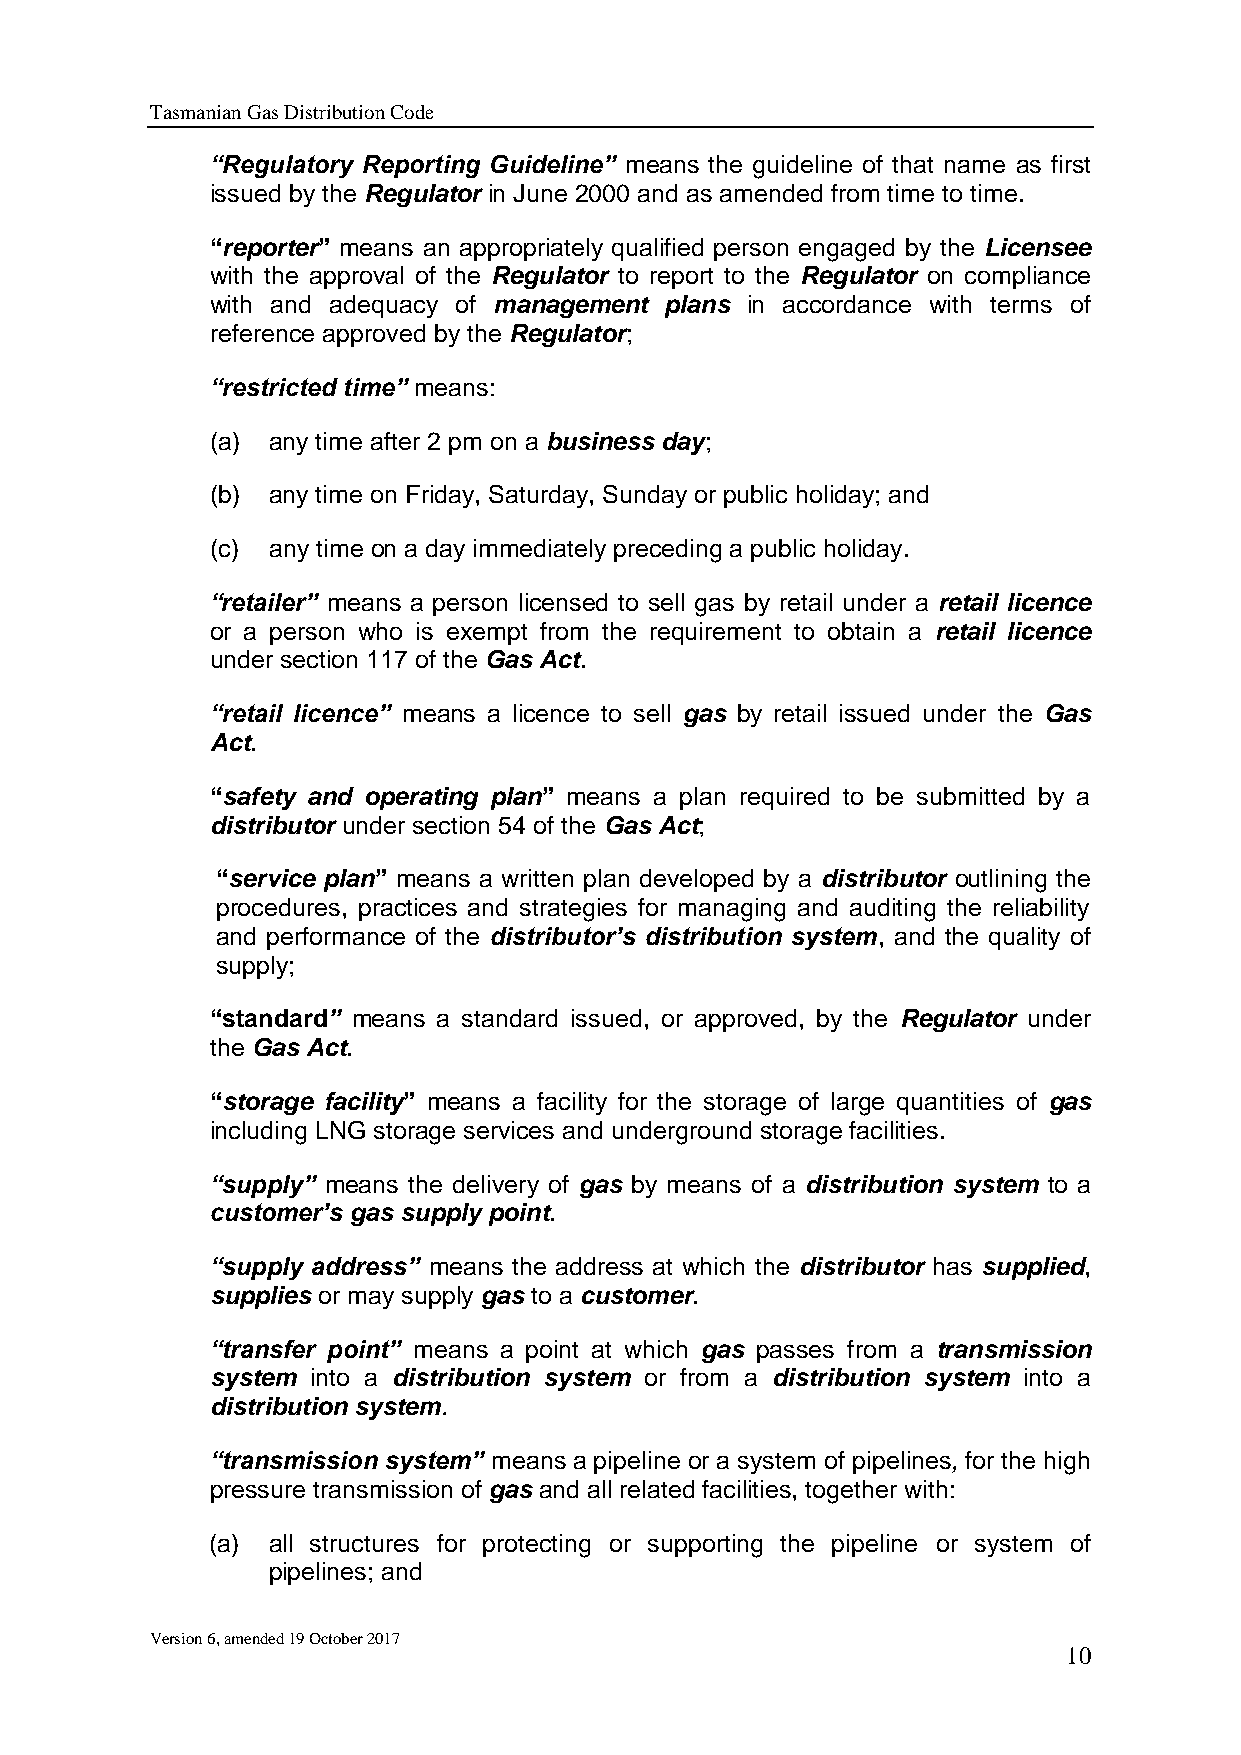
Tasmanian Gas Distribution Code
 “Regulatory Reporting Guideline” means the guideline of that name as first
 issued by the Regulator in June 2000 and as amended from time to time.
 “reporter” means an appropriately qualified person engaged by the Licensee
 with the approval of the Regulator to report to the Regulator on compliance
 with and adequacy of management plans in accordance with terms of
 reference approved by the Regulator;
 “restricted time” means:
 (a) any time after 2 pm on a business day;
 (b) any time on Friday, Saturday, Sunday or public holiday; and
 (c) any time on a day immediately preceding a public holiday.
 “retailer” means a person licensed to sell gas by retail under a retail licence
 or a person who is exempt from the requirement to obtain a retail licence
 under section 117 of the Gas Act.
 “retail licence” means a licence to sell gas by retail issued under the Gas
 Act.
 “safety and operating plan” means a plan required to be submitted by a
 distributor under section 54 of the Gas Act;
 “service plan” means a written plan developed by a distributor outlining the
 procedures, practices and strategies for managing and auditing the reliability
 and performance of the distributor’s distribution system, and the quality of
 supply;
 “standard” means a standard issued, or approved, by the Regulator under
 the Gas Act.
 “storage facility” means a facility for the storage of large quantities of gas
 including LNG storage services and underground storage facilities.
 “supply” means the delivery of gas by means of a distribution system to a
 customer’s gas supply point.
 “supply address” means the address at which the distributor has supplied,
 supplies or may supply gas to a customer.
 “transfer point” means a point at which gas passes from a transmission
 system into a distribution system or from a distribution system into a
 distribution system.
 “transmission system” means a pipeline or a system of pipelines, for the high
 pressure transmission of gas and all related facilities, together with:
 (a) all structures for protecting or supporting the pipeline or system of
 pipelines; and
 Version 6, amended 19 October 2017
 10